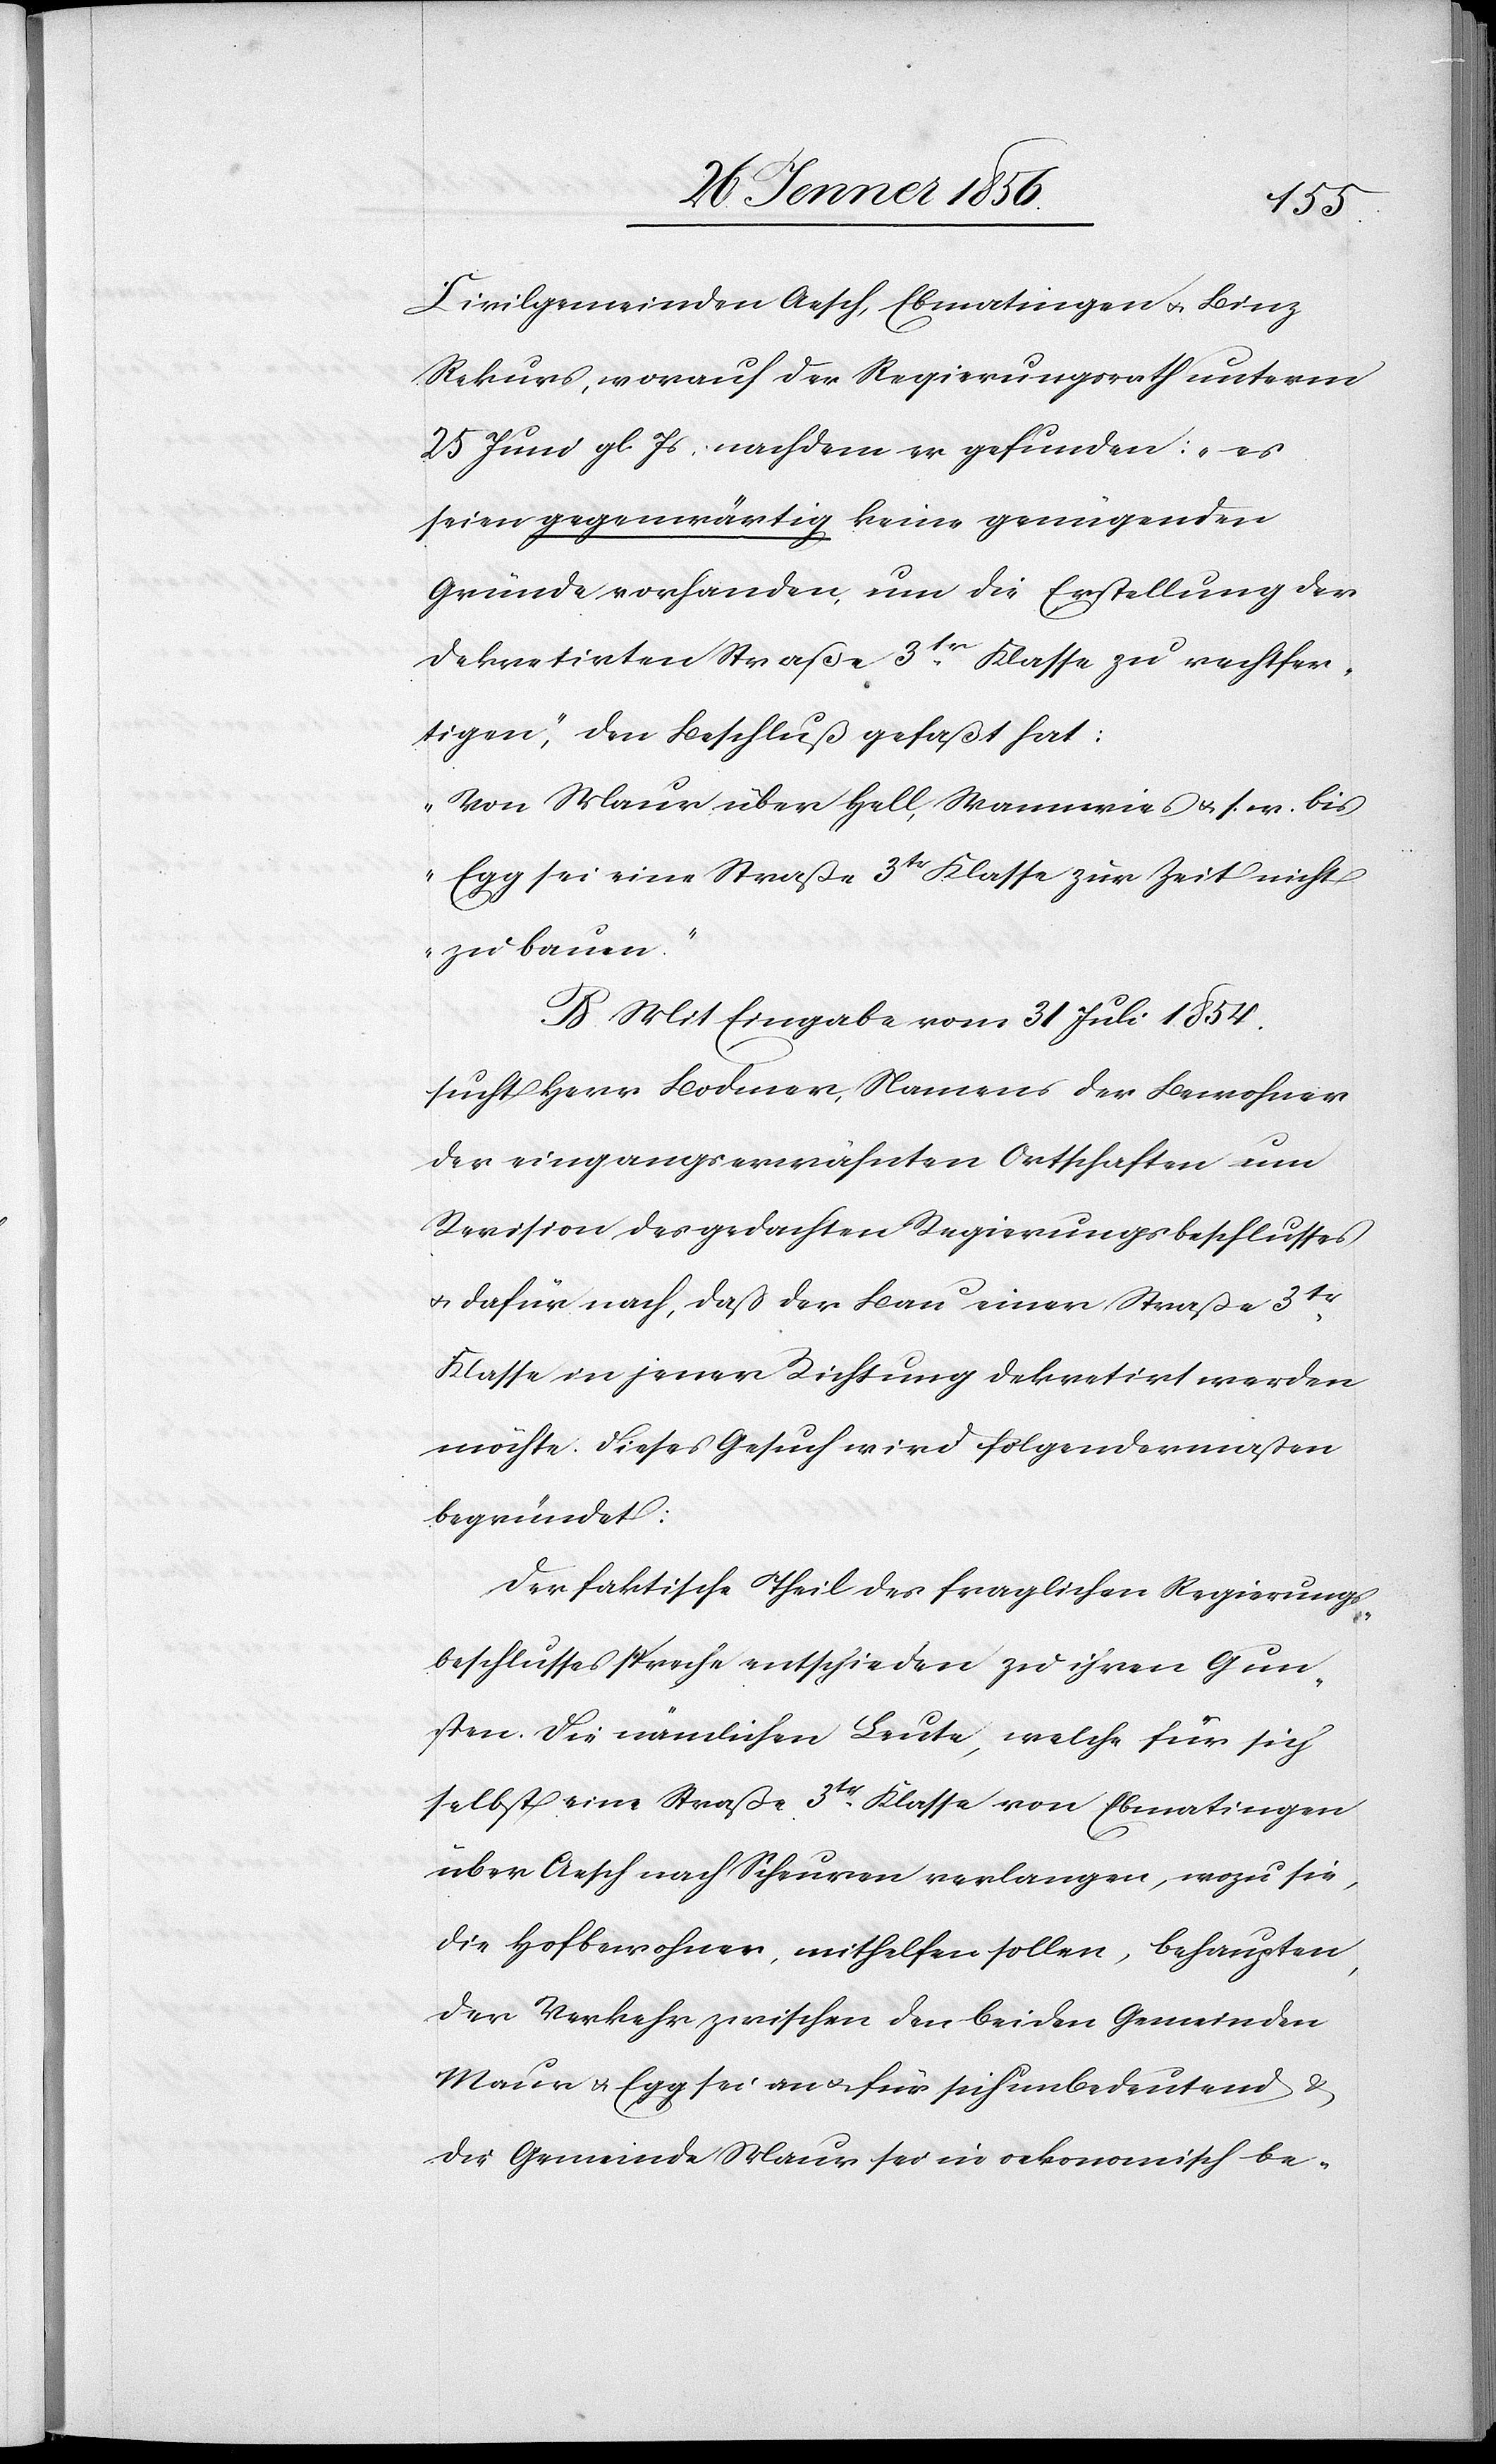
Civilgemeinden Aesch, Ebmatingen u. Binz
Rekurs, worauf der Regierungsrath unterm
25 Juni gl. Js nachdem er gefunden: „es
seien gegenwärtig keine genügenden
Gründe vorhanden, um die Erstellung der
dekretirten Straße 3tr Klasse zu rechtfer¬
tigen“, den Beschluß gefaßt hat:
„Von Maur über Hell, Wannwies u. s. w. bis
Egg sei eine Straße 3tr Klasse zur Zeit nicht
zu bauen.“
B. Mit Eingabe vom 31 Juli 1854.
sucht Herr Bodmer, Namens der Bewohner
der eingangs erwähnten Ortschaften um
Revision des gedachten Regierungsbeschlusses
u. dafür nach, daß der Bau einer Straße 3tr
Klasse in jener Richtung dekretirt werden
möchte. Dieses Gesuch wird folgendermaßen
begründet:
Der faktische Theil des fraglichen Regierungs¬
beschlusses spreche entschieden zu ihren Gun¬
sten. Die nämlichen Leute, welche für sich
selbst eine Straße 3tr Klasse von Ebmatingen
über Aesch nach Scheuren verlangen, wozu sie,
die Hofbewohner, mithelfen sollen, behaupten,
der Verkehr zwischen den beiden Gemeinden
Maur u. Egg sei an u. für sich unbedeutend &
die Gemeinde Maur sei in oekonomisch be-